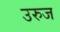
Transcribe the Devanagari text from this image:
उरुज